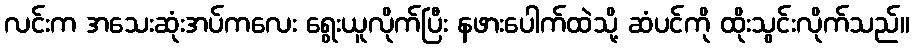
လင်းက အသေးဆုံးအပ်ကလေး ရွေးယူလိုက်ပြီး နဖားပေါက်ထဲသို့ ဆံပင်ကို ထိုးသွင်းလိုက်သည်။